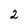
Character: 2